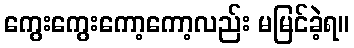
ကွေးကွေးကော့ကော့လည်း မမြင်ခဲ့ရ။